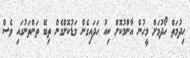
ހިދުމަތް ހޯދުމަށް މީހުން އާންމުކޮށް ކިއު ހަދައިގެން މަޑުކޮށްގެން ތިބޭ ތަންތަނުގައި ވެސް